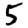
Digit: 5